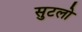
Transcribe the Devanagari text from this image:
सुटलो